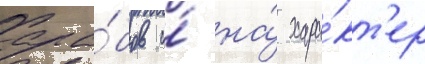
ара́бов и́ на́ хара́кт'ер